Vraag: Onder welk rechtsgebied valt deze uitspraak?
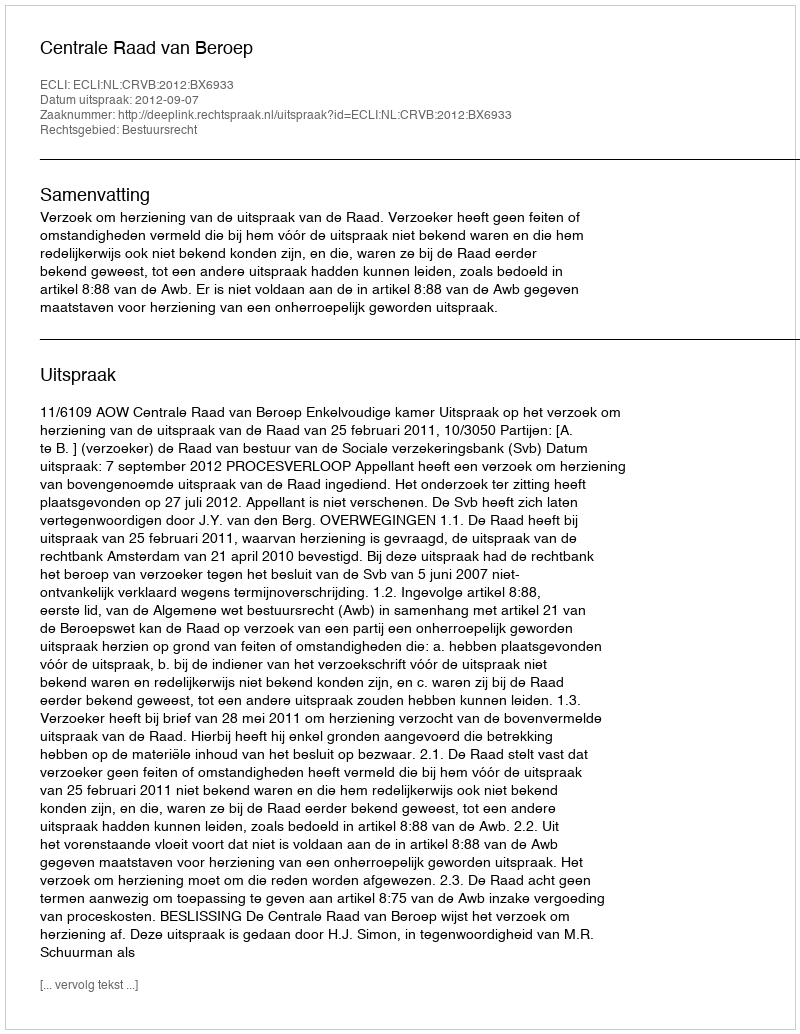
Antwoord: Bestuursrecht